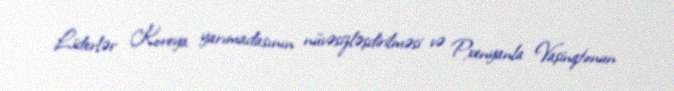
Liderlər Koreya yarımadasının nüvəsizləşdirilməsi və Pxenyanla Vaşinqtonun